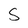
Character: S